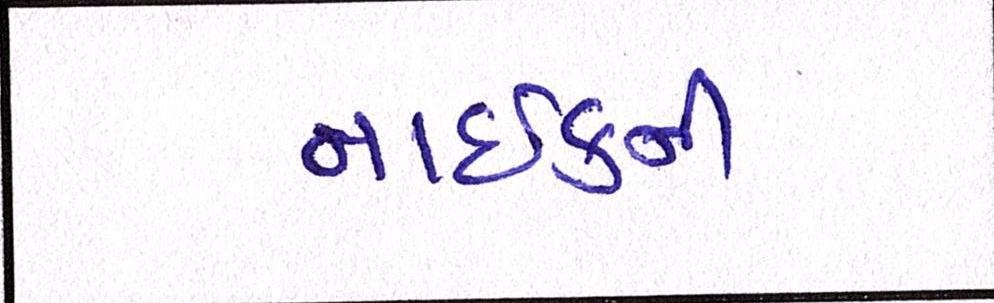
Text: નાઈકની